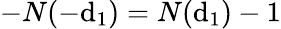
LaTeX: -N(-\mathrm{d}_{1})=N(\mathrm{d}_{1})-1